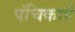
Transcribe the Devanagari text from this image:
पंचिकाएँ